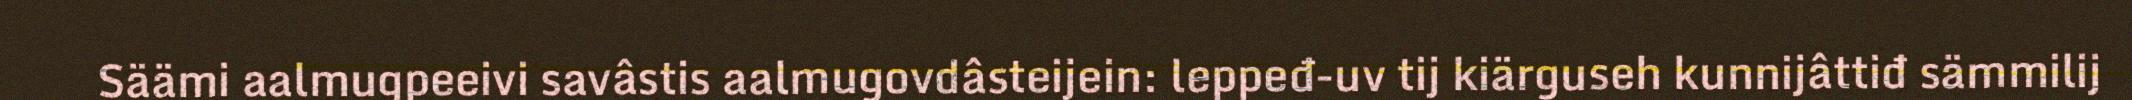
Säämi aalmugpeeivi savâstis aalmugovdâsteijein: leppeđ-uv tij kiärguseh kunnijâttiđ sämmilij